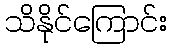
သိနိုင်ကြောင်း